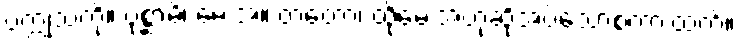
ပက္ကုသကို။ ပုစ္ဆာမိ၊ မေးအံ့။ တတော၊ ထိုမေးအံ့ဟုဆိုအပ်သောစကားထက်။